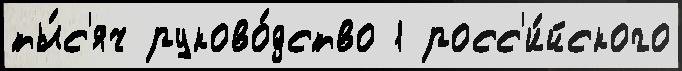
ты́с'яч руково́дство 1 росс'и́йского